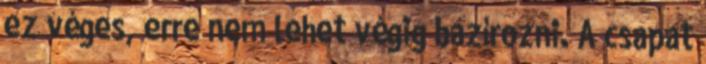
ez véges, erre nem lehet végig bazírozni. A csapat